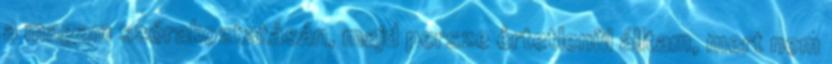
a magam szórakoztatásán, majd persze értetlenül álltam, mert nem